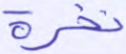
نخرة